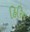
હિરિય